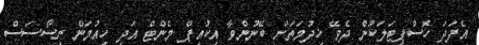
އެފަދަ ހޮސްޕިޓަލަކުން ދެވޭ ޚިދުމަތަށް ބޭނުންވާ އިކުއިޕް މެންޓް އަދި ހިއުމަން ރިސޯސަސް